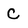
Character: C